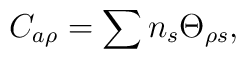
C_{a\rho} = \sum n_{s} \Theta_{\rho s},